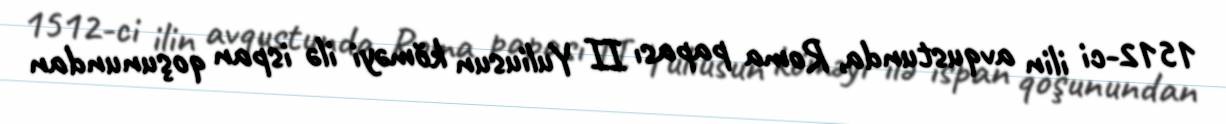
1512-ci ilin avqustunda, Roma papası II Yuliusun köməyi ilə ispan qoşunundan